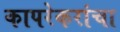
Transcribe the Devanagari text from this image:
कापरेकरांचा